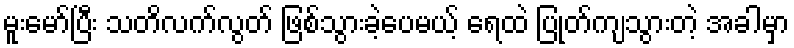
မူးမော်ပြီး သတိလက်လွတ် ဖြစ်သွားခဲ့ပေမယ့် ရေထဲ ပြုတ်ကျသွားတဲ့ အခါမှာ